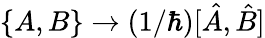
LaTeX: \{ A,B\} \to(1/\hbar)[\hat{A},\hat{B}]